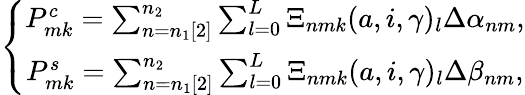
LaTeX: \left\{ \begin{array}{c}{P_{mk}^{c}=\sum_{n=n_{1}[2]}^{n_{2}}\sum_{l=0}^{L}\Xi_{nmk}(a,i,\gamma)\phantom{}_{l}\Delta\alpha_{nm},}\\ {P_{mk}^{s}=\sum_{n=n_{1}[2]}^{n_{2}}\sum_{l=0}^{L}\Xi_{nmk}(a,i,\gamma)\phantom{}_{l}\Delta\beta_{nm},}\end{array}\right.